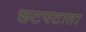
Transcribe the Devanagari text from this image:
छटपटाता